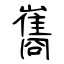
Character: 巂